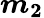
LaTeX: \boldsymbol{m_{2}}